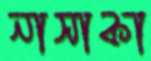
নাসাকা